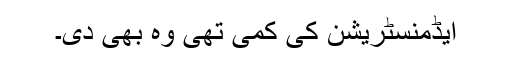
ایڈمنسٹریشن کی کمی تھی وہ بھی دی۔